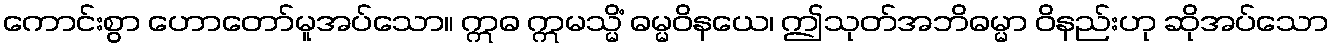
ကောင်းစွာ ဟောတော်မူအပ်သော။ ဣဓ ဣမသ္မိံ ဓမ္မဝိနယေ၊ ဤသုတ်အဘိဓမ္မာ ဝိနည်းဟု ဆိုအပ်သော